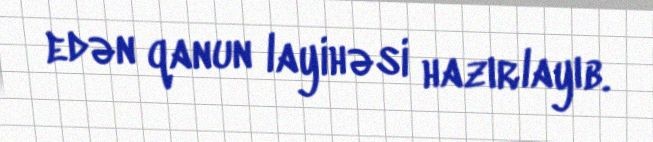
edən qanun layihəsi hazırlayıb.